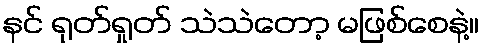
နင် ရုတ်ရှုတ် သဲသဲတော့ မဖြစ်စေနဲ့။